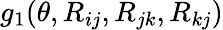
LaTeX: g_{1}(\theta,R_{ij},R_{jk},R_{kj})